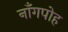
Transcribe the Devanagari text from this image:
नाँगपोह